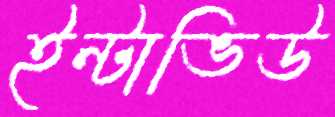
ইন্টাভিউ